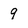
Character: 9